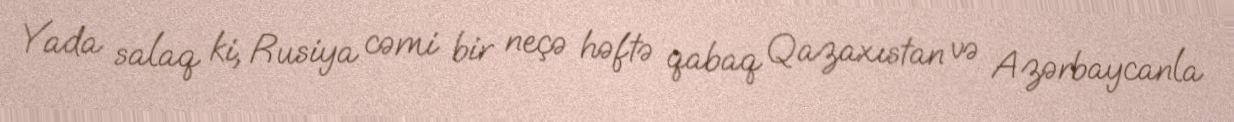
Yada salaq ki, Rusiya cəmi bir neçə həftə qabaq Qazaxıstan və Azərbaycanla